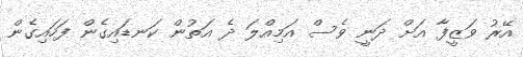
އޭރު ވަޒީފާ އަށް ދަނީ ވެސް އަމިއްލަ ދެ އަތުން ކަނޑައިގެން ފަހައިގެން